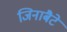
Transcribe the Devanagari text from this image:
जिनाबैटे